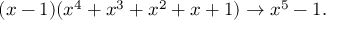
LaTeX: ( x - 1 ) ( x ^ { 4 } + x ^ { 3 } + x ^ { 2 } + x + 1 ) \rightarrow x ^ { 5 } - 1 .